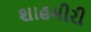
શાહમીરી